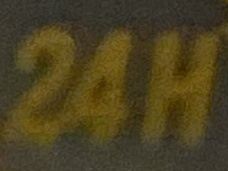
24 H